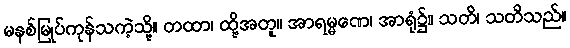
မနစ်မြုပ်ကုန်သကဲ့သို့။ တထာ၊ ထို့အတူ။ အာရမ္မဏေ၊ အာရုံ၌။ သတိ၊ သတိသည်။